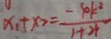
x _ { 1 } + x _ { 2 } = \frac { - 4 k ^ { 2 } } { 1 + 2 4 }